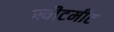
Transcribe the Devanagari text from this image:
स्वीटमीट